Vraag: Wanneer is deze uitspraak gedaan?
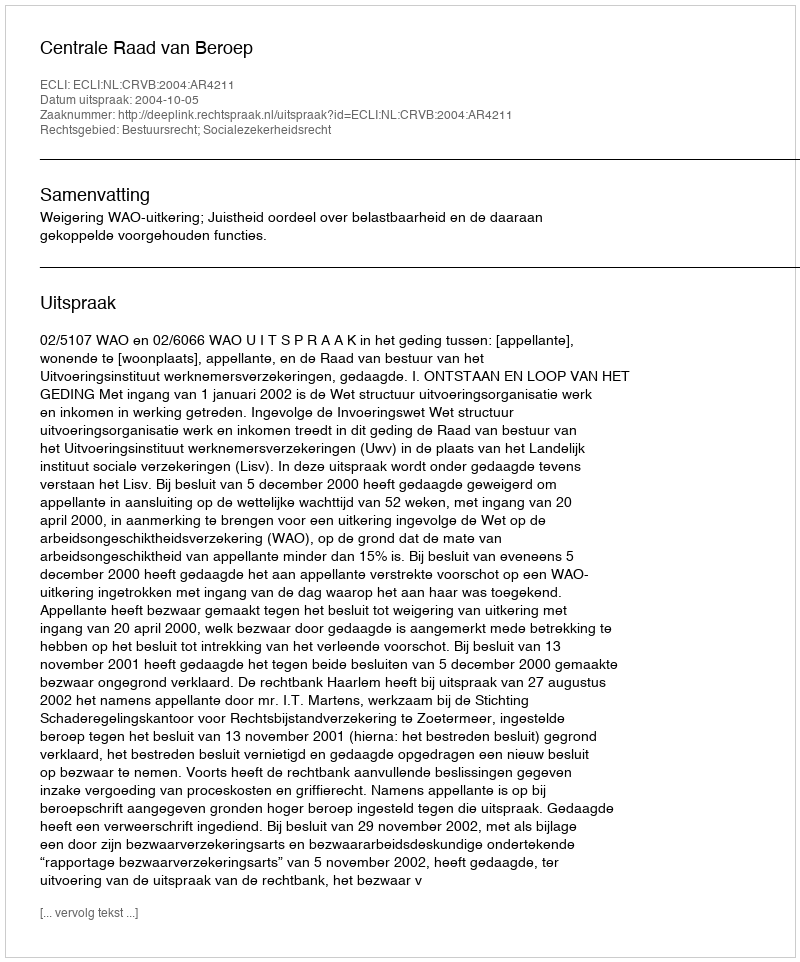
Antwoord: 2004-10-05